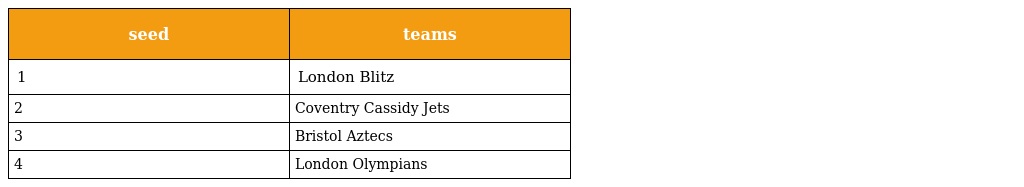
| seed | teams |
 | --- | --- |
 | 1 | London Blitz |
 | 2 | Coventry Cassidy Jets |
 | 3 | Bristol Aztecs |
 | 4 | London Olympians |